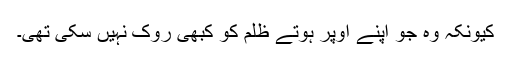
کیونکہ وہ جو اپنے اوپر ہوتے ظلم کو کبھی روک نہیں سکی تھی۔